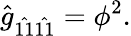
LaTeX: \hat{g}_{\hat{11}\hat{11}}=\phi^{2}.